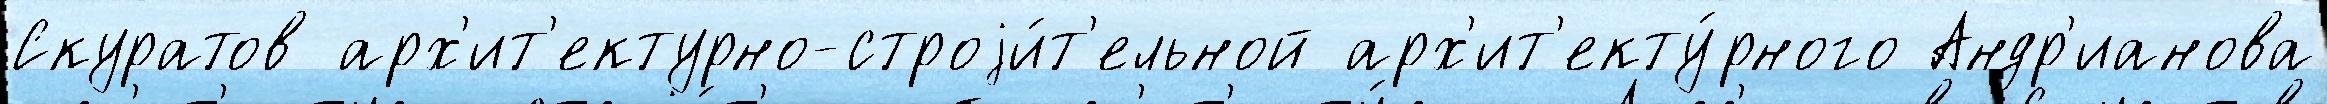
Скуратов арх'ит'ектурно-строjи́т'ельной арх'ит'екту́рного Андр'ианова